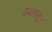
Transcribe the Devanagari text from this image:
बाळापासून